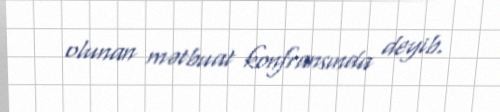
olunan mətbuat konfransında deyib.